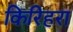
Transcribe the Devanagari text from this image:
किरिहरा